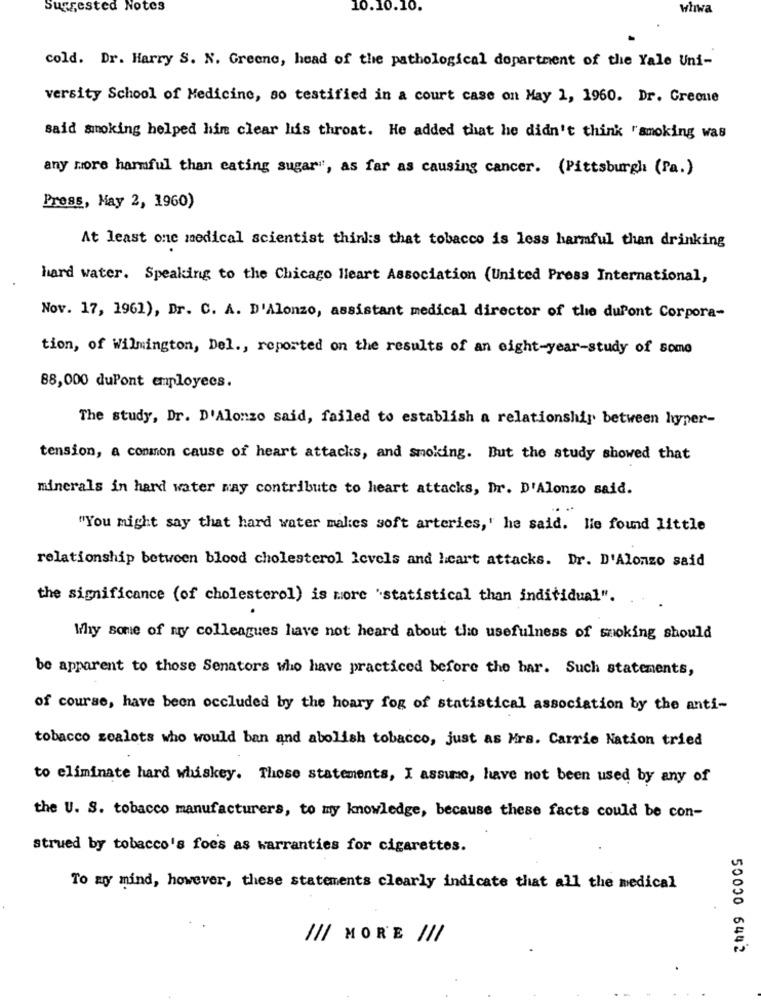
Suggested Notes
10.10.10.
whwa
cold. Dr. Harry S. N. Greene, head of the pathological department of the Yale Uni-
versity School of Medicine, so testified in a court case on May 1, 1960. Dr. Greone
said smoking helped hin clear his throat. He added that he didn't think "smoking was
any more harmful than cating sugar", as far as causing cancer. (Pittsburgh (Pa.)
Press, May 2, 1960)
At least one medical scientist thinks that tobacco is less harmful than drinking
hard water. Speaking to the Chicago Heart Association (United Press International,
Nov. 17, 1961), Dr. C. A. D'Alonzo, assistant medical director of the duPont Corpora-
tion, of Wilmington, Del ., reported on the results of an eight-year-study of some
88,000 duPont employees.
The study, Dr. D'Alonzo said, failed to establish a relationship between hyper-
tension, a common cause of heart attacks, and smoking. But the study showed that
minerals in hard water way contribute to heart attacks, Dr. D'Alonzo said.
"You might say that hard water makes soft arteries,' he said. lie found little
relationship between blood cholesterol levels and heart attacks. Dr. D'Alonzo said
the significance (of cholesterol) is more 'statistical than individual".
Why some of my colleagues have not heard about the usefulness of smoking should
be apparent to those Senators who have practiced before the bar. Such statements,
of course, have been occluded by the hoary fog of statistical association by the anti-
tobacco zealots who would ban and abolish tobacco, just as Mrs. Carrie Nation tried
to eliminate hard whiskey. These statements, I assume, have not been used by any of
the U. S. tobacco manufacturers, to my knowledge, because these facts could be con-
strued by tobacco's foes as warranties for cigarettes.
To my mind, however, these statements clearly indicate that all the medical
/// MORE ///
50000 6442